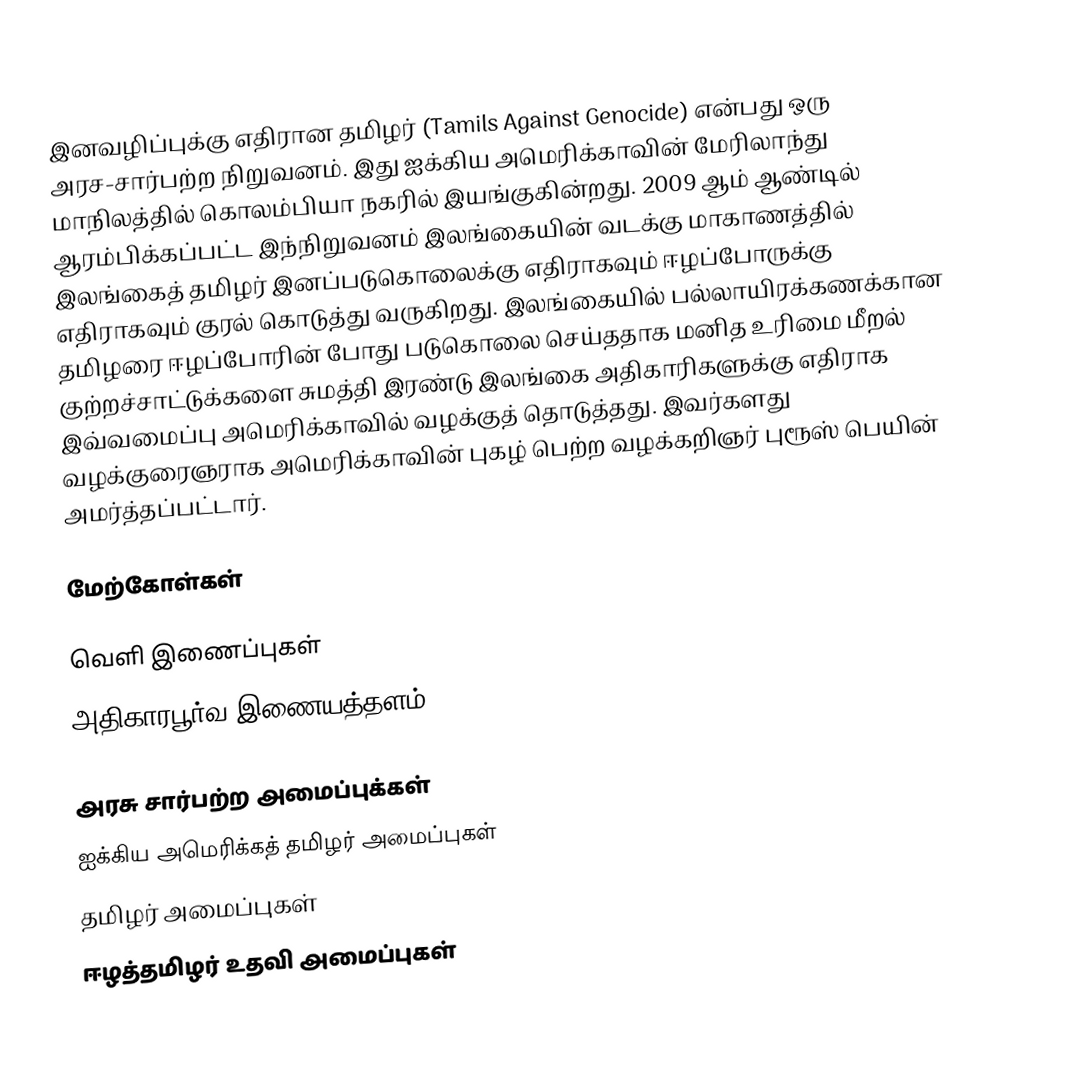
இனவழிப்புக்கு எதிரான தமிழர் (Tamils Against Genocide) என்பது ஒரு அரச-சார்பற்ற நிறுவனம். இது ஐக்கிய அமெரிக்காவின் மேரிலாந்து மாநிலத்தில் கொலம்பியா நகரில் இயங்குகின்றது. 2009 ஆம் ஆண்டில் ஆரம்பிக்கப்பட்ட இந்நிறுவனம் இலங்கையின் வடக்கு மாகாணத்தில் இலங்கைத் தமிழர் இனப்படுகொலைக்கு எதிராகவும் ஈழப்போருக்கு எதிராகவும் குரல் கொடுத்து வருகிறது. இலங்கையில் பல்லாயிரக்கணக்கான தமிழரை ஈழப்போரின் போது படுகொலை செய்ததாக மனித உரிமை மீறல் குற்றச்சாட்டுக்களை சுமத்தி இரண்டு இலங்கை அதிகாரிகளுக்கு எதிராக இவ்வமைப்பு அமெரிக்காவில் வழக்குத் தொடுத்தது. இவர்களது வழக்குரைஞராக அமெரிக்காவின் புகழ் பெற்ற வழக்கறிஞர் புரூஸ் பெயின் அமர்த்தப்பட்டார்.

மேற்கோள்கள்

வெளி இணைப்புகள்
அதிகாரபூர்வ இணையத்தளம்

அரசு சார்பற்ற அமைப்புக்கள்
ஐக்கிய அமெரிக்கத் தமிழர் அமைப்புகள்
தமிழர் அமைப்புகள்
ஈழத்தமிழர் உதவி அமைப்புகள்